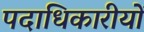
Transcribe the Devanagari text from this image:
पदाधिकारीयों